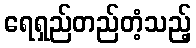
ရေရှည်တည်တံ့သည့်